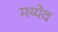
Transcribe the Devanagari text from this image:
मय्येव